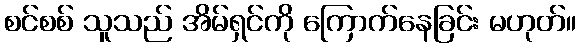
စင်စစ် သူသည် အိမ်ရှင်ကို ကြောက်နေခြင်း မဟုတ်။